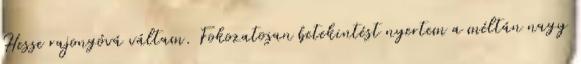
Hesse rajongóvá váltam. Fokozatosan betekintést nyertem a méltán nagy